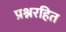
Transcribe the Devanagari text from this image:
प्रश्नरहित